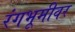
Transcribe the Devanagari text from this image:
रंंगभूमीवर